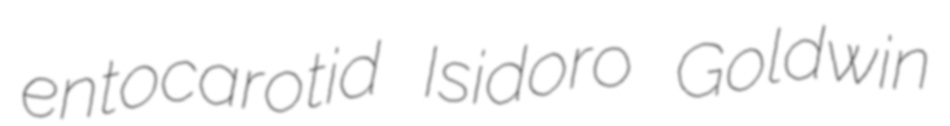
entocarotid Isidoro Goldwin